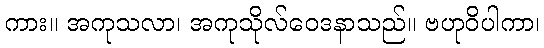
ကား။ အကုသလာ၊ အကုသိုလ်ဝေဒနာသည်။ ဗဟုဝိပါကာ၊